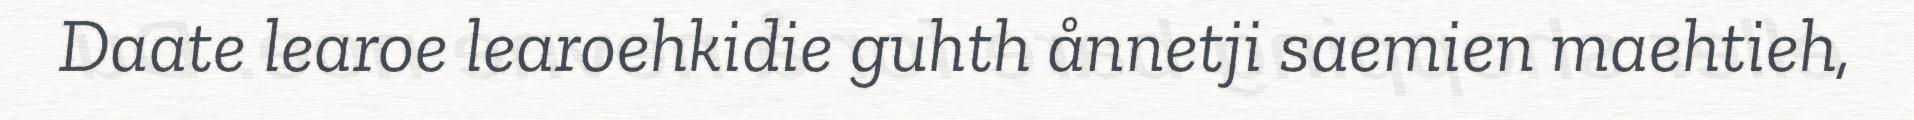
Daate learoe learoehkidie guhth ånnetji saemien maehtieh,